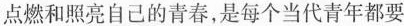
点燃和照亮自己的青春，是每个当代青年都要